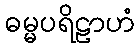
ဓမ္မပရိဠာဟံ